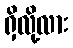
ရှိလို့လား